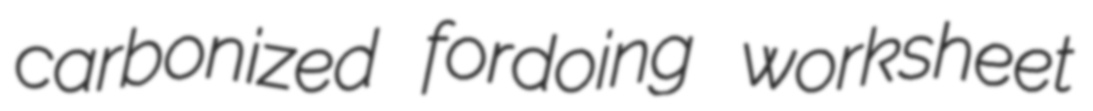
carbonized fordoing worksheet